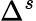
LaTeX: \Delta^{s}